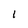
Character: l